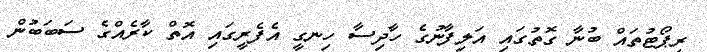
ރިޕޯޓުތައް ބުނާ ގޮތުގައި އަލިފާނުގެ ހާދިސާ ހިނގީ އެފެރީގައި އޮތް ކާރެއްގެ ސަބަބުން